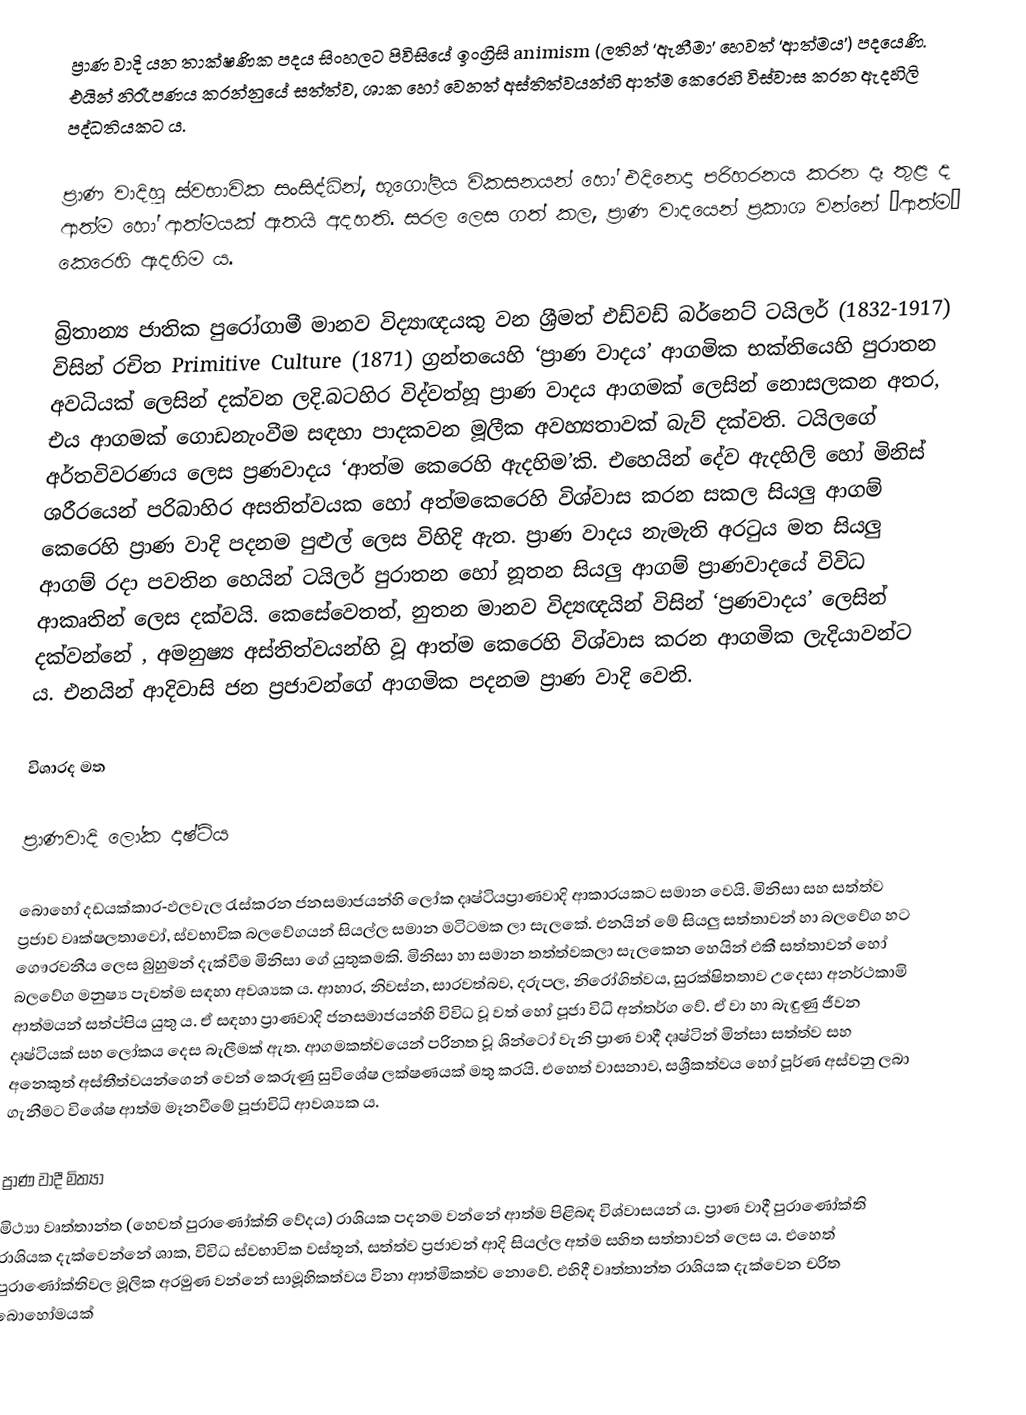
ප්‍රාණ වාදි යන තාක්ෂණික පදය සිංහලට පිවිසියේ  ඉංග්‍රිසි animism (ලතින් ‘ඇනීමා’ හෙවත් ‘ආත්මය’) පදයෙණි. එයින් නිරෑපණය කරන්නුයේ සත්ත්ව, ශාක හෝ වෙනත් අස්තිත්වයන්හි ආත්ම කෙරෙහි විස්වාස කරන ඇදහිලි පද්ධතියකට ය.

ප්‍රාණ වාදිහූ ස්වභාවික සංසිද්ධින්,  භූගෝලිය විකසනයන් හෝ එදිනෙදා පරිහරනය කරන දෑ තුළ ද ආත්ම හෝ ආත්මයක් ඇතයි අදහති. සරල ලෙස ගත් කල, ප්‍රාණ වාදයෙන් ප්‍රකාශ වන්නේ ‘ආත්ම” කෙරෙහි ඇදහිම ය.

බ්‍රිතාන්‍ය ජාතික පුරෝගාමී මානව විද්‍යාඥයකු වන  ශ්‍රීමත් එඩ්වඩ් බර්නෙට් ටයිලර්  (1832-1917) විසින් රචිත Primitive Culture (1871) ග්‍රන්තයෙහි ‘ප්‍රාණ වාදය’ ආගමික භක්තියෙහි පුරාතන අවධියක් ලෙසින් දක්වන ලදි.බටහිර විද්වත්හූ ප්‍රාණ වාදය ආගමක් ලෙසින් නොසලකන අතර, එය ආගමක් ගොඩනැංවීම සඳහා පාදකවන මූලීක අවහ්‍යතාවක් බැව් දක්වති. ටයිලගේ අර්තවිවරණය ලෙස ප්‍රණවාදය ‘ආත්ම කෙරෙහි ඇදහිම’කි. එහෙයින් දේව ඇදහිලි හෝ මිනිස් ශරීරයෙන් පරිබාහිර අසතිත්වයක හෝ අත්මකෙරෙහි විශ්වාස කරන සකල සියලු ආගම් කෙරෙහි ප්‍රාණ වාදි පදනම පුළුල් ලෙස විහිදි ඇත. ප්‍රාණ වාදය නැමැති අරටුය මත සියලු ආගම් රදා පවතින හෙයින් ටයිලර් පුරාතන හෝ නූතන සියලු ආගම් ප්‍රාණවාදයේ විවිධ ආකෘතින් ලෙස දක්වයි. කෙසේවෙතත්, නුතන මානව විද්‍යඥයින් විසින් ‘ප්‍රණවාදය’ ලෙසින් දක්වන්නේ , අමනුෂ්‍ය අස්තිත්වයන්හි වූ ආත්ම කෙරෙහි විශ්වාස කරන ආගමික ලැදියාවන්ට ය. එනයින් ආදිවාසි ජන ප්‍රජාවන්ගේ ආගමික පදනම ප්‍රාණ වාදි වෙති.

විශාරද මත

ප්‍රාණවාදි ලෝක දෘෂ්ටිය

බොහෝ දඩයක්කාර-ඵලවැල රැස්කරන ජනසමාජයන්හි ලෝක දෘෂ්ටියප්‍රාණවාදි ආකාරයකට සමාන වෙයි. මිනිසා සහ සත්ත්ව ප්‍රජාව වෘක්ෂලතාවෝ, ස්වභාවික බලවේගයන් සියල්ල සමාන මටිටමක ලා සැලකේ. එනයින් මේ සියලු සත්තාවන් හා බලවේග හට ගෞරවනීය ලෙස බුහුමන් දැක්වීම මිනිසා ගේ යුතුකමකි. මිනිසා හා සමාන තත්ත්වකලා සැලකෙන හෙයින් එකී සත්තාවන් හෝ බලවේග මනුෂ්‍ය පැවත්ම සඳහා අවශ්‍යක ය. ආහාර, නිවස්න, සාරවත්බව, දරුපල, නිරෝගිත්වය, සුරක්ෂිතතාව උදෙසා  අනර්ථකාමි ආත්මයන් සත්ප්පිය යුතු ය. ඒ සඳහා ප්‍රාණවාදි ජනසමාජයන්හි විවිධ වූ වත් හෝ පූජා විධි අන්තර්ග වේ. ඒ වා හා බැඳුණු ජීවන දෘෂ්ටියක් සහ ලෝකය දෙස බැලීමක් ඇත. ආගමකත්වයෙන් පරිනත වූ ශින්ටෝ වැනි ප්‍රාණ වාදී දෘෂ්ටින් මින්සා සත්ත්ව සහ අනෙකුත්  අස්තීත්වයන්ගෙන් වෙන් කෙරුණු සුවිශේෂ ලක්ෂණයක් මතු කරයි. එහෙත් වාසනාව, සශ්‍රීකත්වය හෝ පූර්ණ අස්වනු ලබා ගැනීමට විශේෂ ආත්ම මෑනවීමේ පූජාවිධි ආවශ්‍යක ය.

ප්‍රාණ වාදී මිත්‍යා
මිථ්‍යා වෘත්තාන්ත (හෙවත් පුරාණෝක්ති වේදය) රාශියක පදනම වන්නේ ආත්ම පිළිබඳ විශ්වාසයන් ය. ප්‍රාණ වාදී පුරාණෝක්ති රාශියක දැක්වෙන්නේ ශාක, විවිධ ස්වභාවික වස්තූන්, සත්ත්ව ප්‍රජාවන් ආදි සියල්ල අත්ම සහිත සත්තාවන් ලෙස ය. එහෙත් පුරාණෝක්තිවල මූලික අරමුණ වන්නේ සාමූහිකත්වය විනා ආත්මිකත්ව නොවේ. එහිදී වෘත්තාන්ත රාශියක දැක්වෙන චරිත බොහෝමයක්